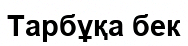
Тарбұқа бек